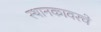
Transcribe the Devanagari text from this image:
स्थानकावरचे